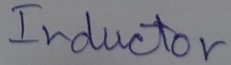
Text: Inductor